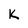
Character: K